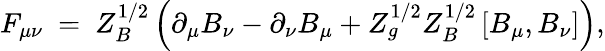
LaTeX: F_{\mu\nu}\ =\ Z_{B}^{1/2}\left(\partial_{\mu}B_{\nu}-\partial_{\nu}B_{\mu}+Z_{g}^{1/2}Z_{B}^{1/2}\left[B_{\mu},B_{\nu}\right]\right),